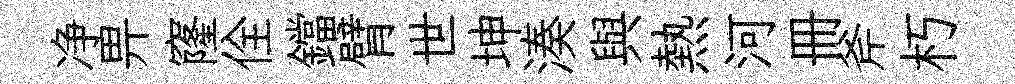
净畀窿佺鐺臂世坤湊與熱河册斧朽